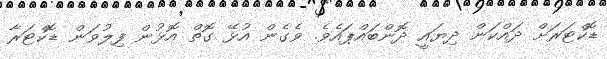
ޑޮކްޓަރަށް ދައްކަން ދިޔައީ ދޮންބައްޕައެވެ. ވެގެން އުޅޭ ގޮތް އޮޅުން ފިލުވަން ޑޮކްޓަރާ